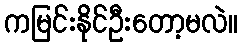
ကမြင်းနိုင်ဦးတော့မလဲ။